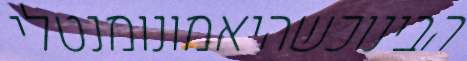
הבינוכשהיאמונומנטלי